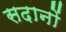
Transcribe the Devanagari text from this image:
सदानों